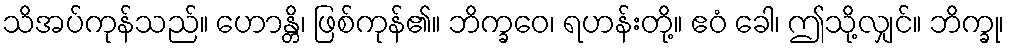
သိအပ်ကုန်သည်။ ဟောန္တိ၊ ဖြစ်ကုန်၏။ ဘိက္ခဝေ၊ ရဟန်းတို့။ ဧဝံ ခေါ၊ ဤသို့လျှင်။ ဘိက္ခု၊